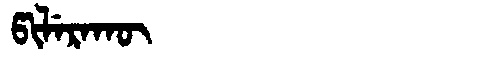
Manchu: ᡦᡳᠯᡝᡵᠠᡴᡡ
Romanization: PILERAKŪ